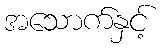
အသောက်နှင့်